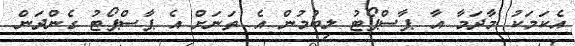
އެކަމަކު މާދަމާ އާ ޕާސްޕޯޓު ލިބުމުން އެ ތަނަށް އެ ޕާސްޕޯޓު ގެންދަން